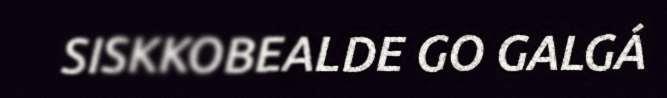
SISKKOBEALDE GO GALGÁ